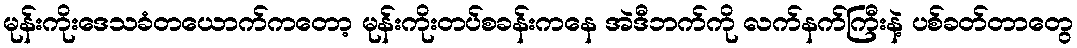
မုန်းကိုးဒေသခံတယောက်ကတော့ မုန်းကိုးတပ်စခန်းကနေ အဲဒီဘက်ကို လက်နက်ကြီးနဲ့ ပစ်ခတ်တာတွေ